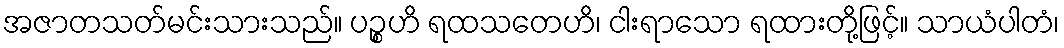
အဇာတသတ်မင်းသားသည်။ ပဉ္စဟိ ရထသတေဟိ၊ ငါးရာသော ရထားတို့ဖြင့်။ သာယံပါတံ၊